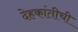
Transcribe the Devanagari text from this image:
देहकांतीची